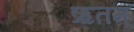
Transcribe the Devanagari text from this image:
ऋतम्